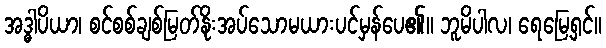
အဒ္ဓါပိယာ၊ စင်စစ်ချစ်မြတ်နိုးအပ်သောမယားပင်မှန်ပေ၏။ ဘူမိပါလ၊ ရေမြေ့ရှင်။